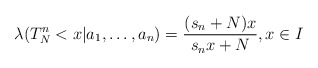
\begin{align*}\lambda (T^n_N < x |a_1,\ldots, a_n )= \frac{(s_n + N)x}{s_n x+N}, x \in I \end{align*}